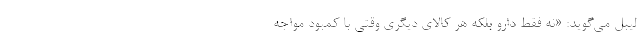
لیبل می‌گوید: «نه فقط دارو بلکه هر کالای دیگری وقتی با کمبود مواجه